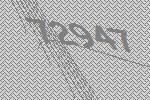
72947